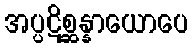
အပ္ပဋိစ္ဆန္နာယောပေ